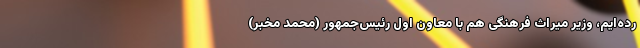
رده‌ایم، وزیر میراث فرهنگی هم با معاون اول رئیس‌جمهور (محمد مخبر)